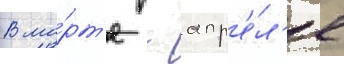
В ма́рт'е - апр'е́л'е